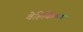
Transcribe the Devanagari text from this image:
वेहिकिल्स